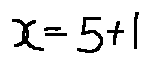
x = 5 + 1